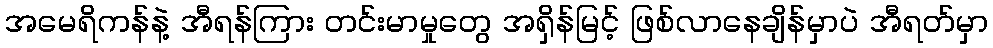
အမေရိကန်နဲ့ အီရန်ကြား တင်းမာမှုတွေ အရှိန်မြင့် ဖြစ်လာနေချိန်မှာပဲ အီရတ်မှာ